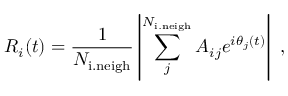
R _ { i } ( t ) = \frac { 1 } { N _ { \mathrm { i . n e i g h } } } \left| \sum _ { j } ^ { N _ { \mathrm { i . n e i g h } } } A _ { i j } e ^ { i \theta _ { j } ( t ) } \right| \ ,